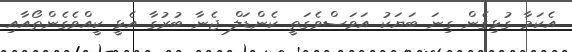
އެކަމާ ގުޅިގެން ގިނަ ބަޔަކު އަވަސްވެގަތީ ކެންޑަލް ޖެނާ ބުރުގާ އެޅީ ކީއްވެގެންތޯއާއި